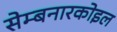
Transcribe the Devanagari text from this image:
सेम्बनारकोइल